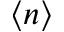
\langle n \rangle